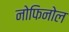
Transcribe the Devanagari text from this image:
नोफिनोल